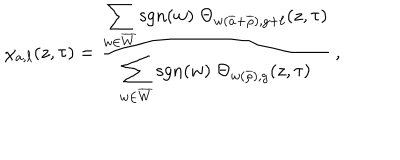
\chi _ { a , \ell } ( z , \tau ) = \frac { \displaystyle \sum _ { w \in \overline { { W } } } \mathrm { s g n } ( w ) \; \Theta _ { w ( \overline { { { a } } } + \overline { { { \rho } } } ) , g + \ell } ( z , \tau ) } { \displaystyle \sum _ { w \in \overline { { W } } } \mathrm { s g n } ( w ) \; \Theta _ { w ( \overline { { { \rho } } } ) , g } ( z , \tau ) } \: ,